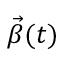
\Vec { \beta } ( t )